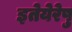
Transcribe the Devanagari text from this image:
इतेयेरेषु